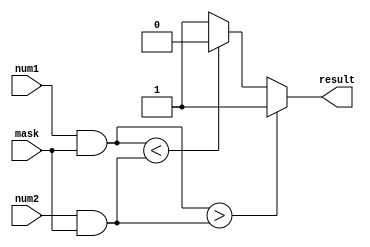
module masked_comparator (
    input [7:0] num1,
    input [7:0] num2,
    input [7:0] mask,
    output reg result
);

reg [7:0] masked_num1;
reg [7:0] masked_num2;

always @ (num1, num2, mask) begin
    masked_num1 = num1 & mask;
    masked_num2 = num2 & mask;
    
    if (masked_num1 > masked_num2)
        result = 1;
    else if (masked_num1 < masked_num2)
        result = 0;
    else
        result = 1;
        
end

endmodule